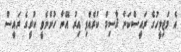
އެ މަޖިލީހުގެ ރައީސްކަން ޤާސިމް ކުރެއްވި އިރު އޭނާ ހުންނެވީ ކުރީގެ ރައީސް